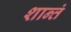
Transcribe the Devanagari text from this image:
शान्तं